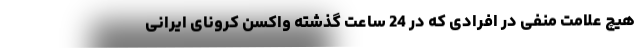
هیچ علامت منفی در افرادی كه در 24 ساعت گذشته واكسن كرونای ایرانی